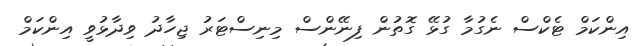
އިންކަމް ޓެކްސް ނެގުމާ ގުޅޭ ގޮތުން ފިނޭންސް މިނިސްޓަރު ޖިހާދު ވިދާޅުވީ އިންކަމް